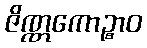
ဇိဏ္ဏကောဉ္စာဝ